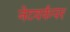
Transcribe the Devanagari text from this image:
नेटवर्कपर